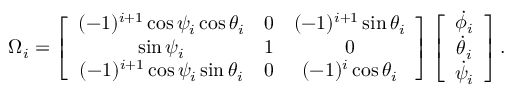
\begin{array} { r } { \Omega _ { i } = \left[ \begin{array} { c c c } { ( - 1 ) ^ { i + 1 } \cos \psi _ { i } \cos \theta _ { i } } & { 0 } & { ( - 1 ) ^ { i + 1 } \sin \theta _ { i } } \\ { \sin \psi _ { i } } & { 1 } & { 0 } \\ { ( - 1 ) ^ { i + 1 } \cos \psi _ { i } \sin \theta _ { i } } & { 0 } & { ( - 1 ) ^ { i } \cos \theta _ { i } } \end{array} \right] \left[ \begin{array} { c } { \dot { \phi } _ { i } } \\ { \dot { \theta } _ { i } } \\ { \dot { \psi } _ { i } } \end{array} \right] . } \end{array}